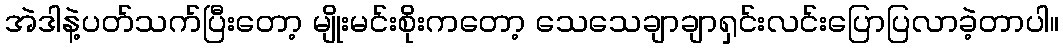
အဲဒါနဲ့ပတ်သက်ပြီးတော့ မျိုးမင်းစိုးကတော့ သေသေချာချာရှင်းလင်းပြောပြလာခဲ့တာပါ။